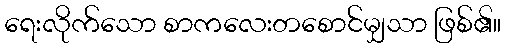
ရေးလိုက်သော စာကလေးတစောင်မျှသာ ဖြစ်၏။